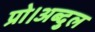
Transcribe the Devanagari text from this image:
प्रो।अब्दुल